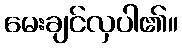
မေးချင်လှပါ၏။